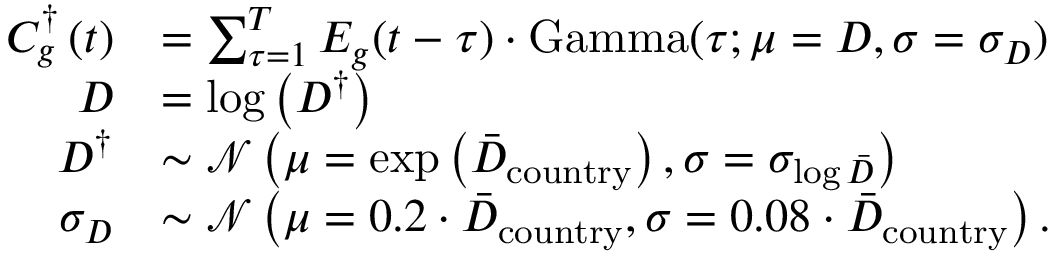
\begin{array} { r l } { C _ { g } ^ { \dagger } \left( t \right) } & { = \sum _ { \tau = 1 } ^ { T } E _ { g } ( t - \tau ) \cdot \mathrm { G a m m a } ( \tau ; \mu = D , \sigma = \sigma _ { D } ) } \\ { D } & { = \log \left( D ^ { \dagger } \right) } \\ { D ^ { \dagger } } & { \sim \mathcal { N } \left( \mu = \mathrm { e x p } \left( \Bar { D } _ { \mathrm { c o u n t r y } } \right) , \sigma = \sigma _ { \log \Bar { D } } \right) } \\ { \sigma _ { D } } & { \sim \mathcal { N } \left( \mu = 0 . 2 \cdot \Bar { D } _ { \mathrm { c o u n t r y } } , \sigma = 0 . 0 8 \cdot \Bar { D } _ { \mathrm { c o u n t r y } } \right) . } \end{array}